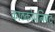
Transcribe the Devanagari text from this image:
काठकोपनिषद्